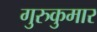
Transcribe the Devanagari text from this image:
गुरुकुमार